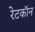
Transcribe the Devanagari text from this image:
रेटकॉन